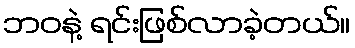
ဘဝနဲ့ ရင်းဖြစ်လာခဲ့တယ်။